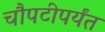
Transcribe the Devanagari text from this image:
चौपटीपर्यंत